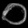
Digit: ၀